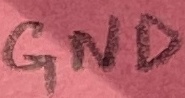
Text: GND